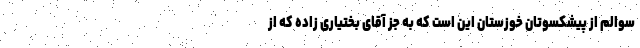
سوالم از پیشکسوتان خوزستان این است که به جز آقای بختیاری زاده که از